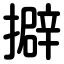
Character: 擗